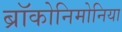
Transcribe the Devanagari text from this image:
ब्रॉकोनिमोनिया